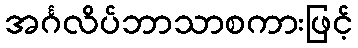
အင်္ဂလိပ်ဘာသာစကားဖြင့်